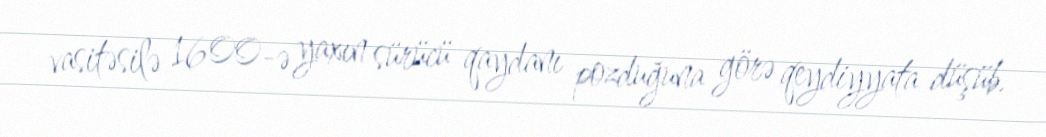
vasitəsilə 1600-ə yaxın sürücü qaydanı pozduğuna görə qeydiyyata düşüb.